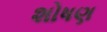
શોષણ